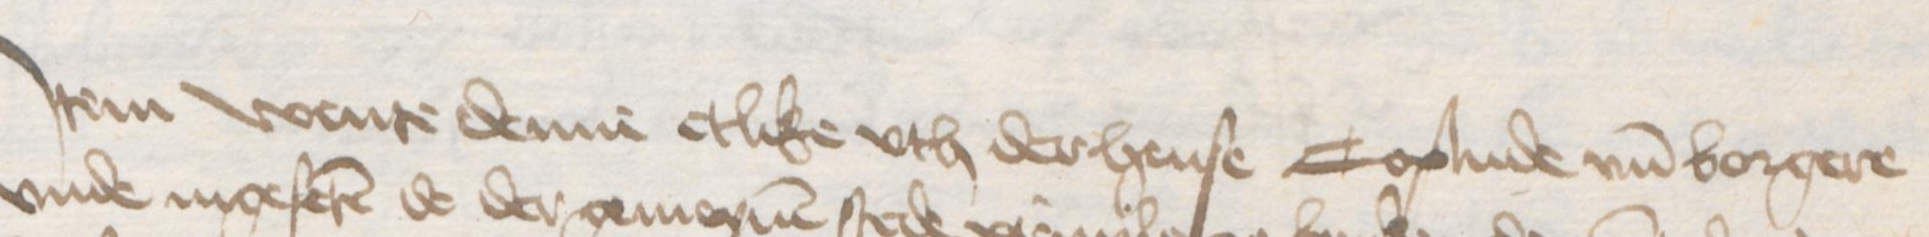
Transcription: Jtem wente denne etlike vth der hense Coplude vnd borgere